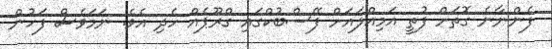
ފެންނާނެ ގޮތަށް ފުތީ އަމިއްލައަށް ފޭސްބުކްގައި ގްރޫޕެއް ހެދި އެވެ. ނަމަވެސް ފަހުން